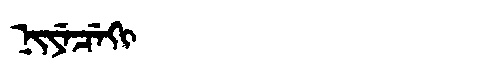
Manchu: ᠨᡳᠶᡝᠴᡝᡴᡳ
Romanization: NIYECEKI